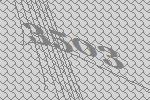
3503